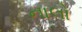
નાલો